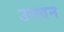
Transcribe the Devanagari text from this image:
उगवन